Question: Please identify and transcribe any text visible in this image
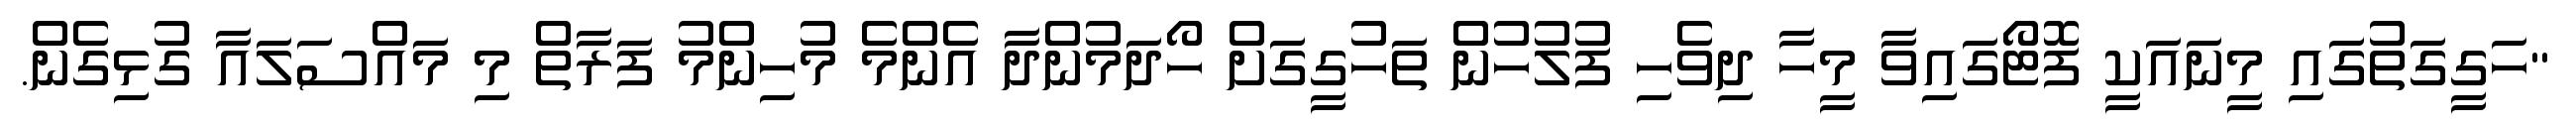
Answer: "ހަގީގަތުގައި މީނައަކީ ފޮޓޯގައިވާ މީހާ ދިވެހި ފުލުހުން ތަހުގީގަށް ހޯދަމުންދާ އެންމެ މުހިންމު ފަރާތް މި މައްސަލައާ ގުޅިގެން.